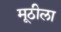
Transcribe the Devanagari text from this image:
मूठीला